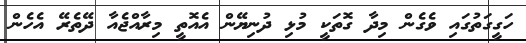
ހަގީގަތުގައި ވެގެން މިދާ ގޮތަކީ މުޅި ދުނިޔޭން އެއޮތީ މިރާއްޖެއާ ދޭތެރޭ އެހެން